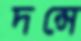
দন্সে